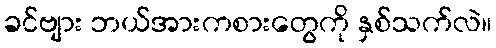
ခင်ဗျား ဘယ်အားကစားတွေကို နှစ်သက်လဲ။